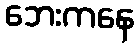
ဘေးကနေ